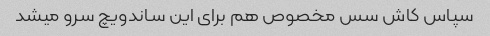
سپاس کاش سس مخصوص هم برای این ساندویچ سرو میشد